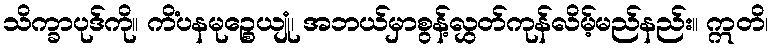
သိက္ခာပုဒ်ကို။ ကိံပနမုဉ္စေယျုံ၊ အဘယ်မှာစွန့်လွှတ်ကုန်လိမ့်မည်နည်း။ ဣတိ၊